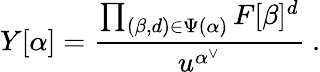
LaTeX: Y[\alpha]=\frac{\prod_{(\beta,d)\in\Psi(\alpha)}F[\beta]^{d}}{u^{\alpha^{\vee}}}\ .